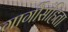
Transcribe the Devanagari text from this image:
गार्गीसंहिता